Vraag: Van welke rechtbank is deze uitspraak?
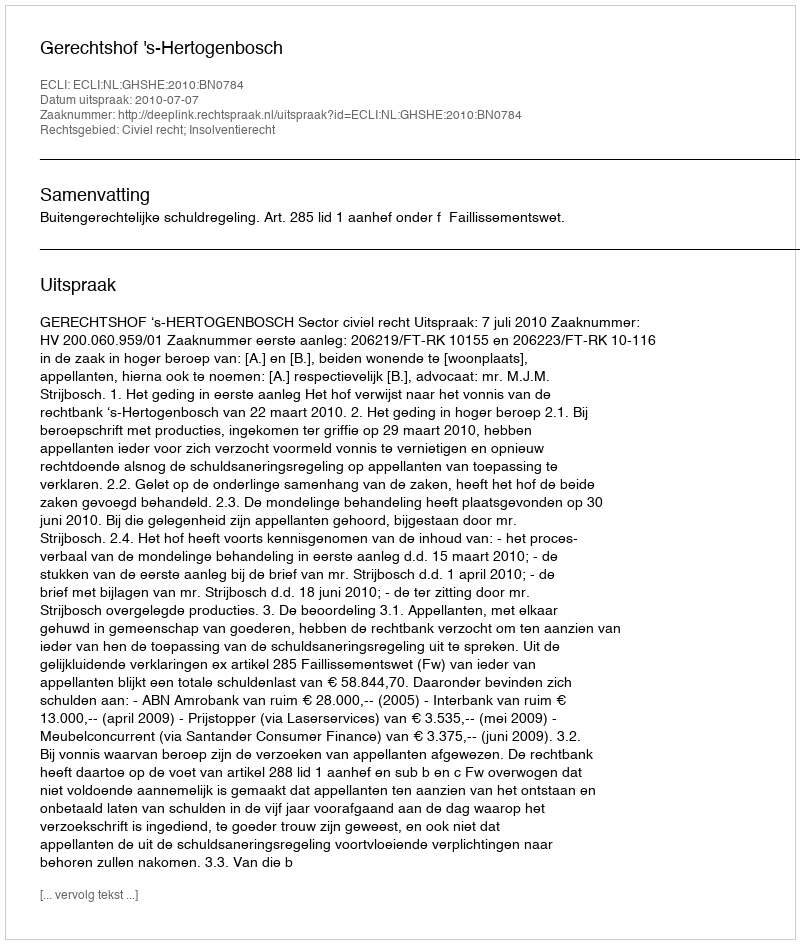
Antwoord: Gerechtshof 's-Hertogenbosch